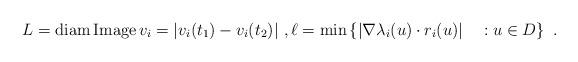
LaTeX: \begin{align*}L=\mathrm{diam}\,\mathrm\, v_{i} =|v_{i}(t_{1})-v_{i}(t_{2})| \ ,\ell= \min \left\{ \left|\nabla\lambda_{i}(u)\cdot r_{i}(u)\right| \quad:u\in D\right\}\ .\end{align*}